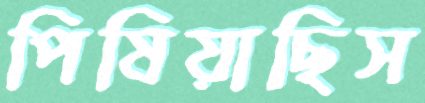
পিষিয়াছিস